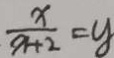
\frac { x } { x + 2 } = y